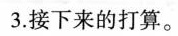
3.接下来的打算。